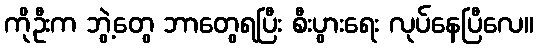
ကိုဦးက ဘွဲ့တွေ ဘာတွေရပြီး စီးပွားရေး လုပ်နေပြီလေ။